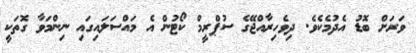
ވަރަށް ބޮޑު އެދުމެކެވެ. ދިވެހިރާއްޖޭގެ ސުޕްރީމް ކޯޓުން އެ މައްސަލައިގައި ނިންމަވާ ގޮތަކީ